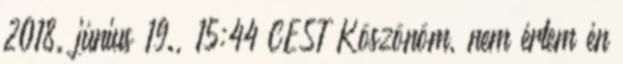
2018. június 19., 15:44 CEST Köszönöm, nem értem én